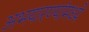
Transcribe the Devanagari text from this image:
अभयारण्यांमध्ये